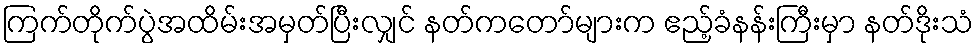
ကြက်တိုက်ပွဲအထိမ်းအမှတ်ပြီးလျှင် နတ်ကတော်များက ဧည့်ခံနန်းကြီးမှာ နတ်ဒိုးသံ